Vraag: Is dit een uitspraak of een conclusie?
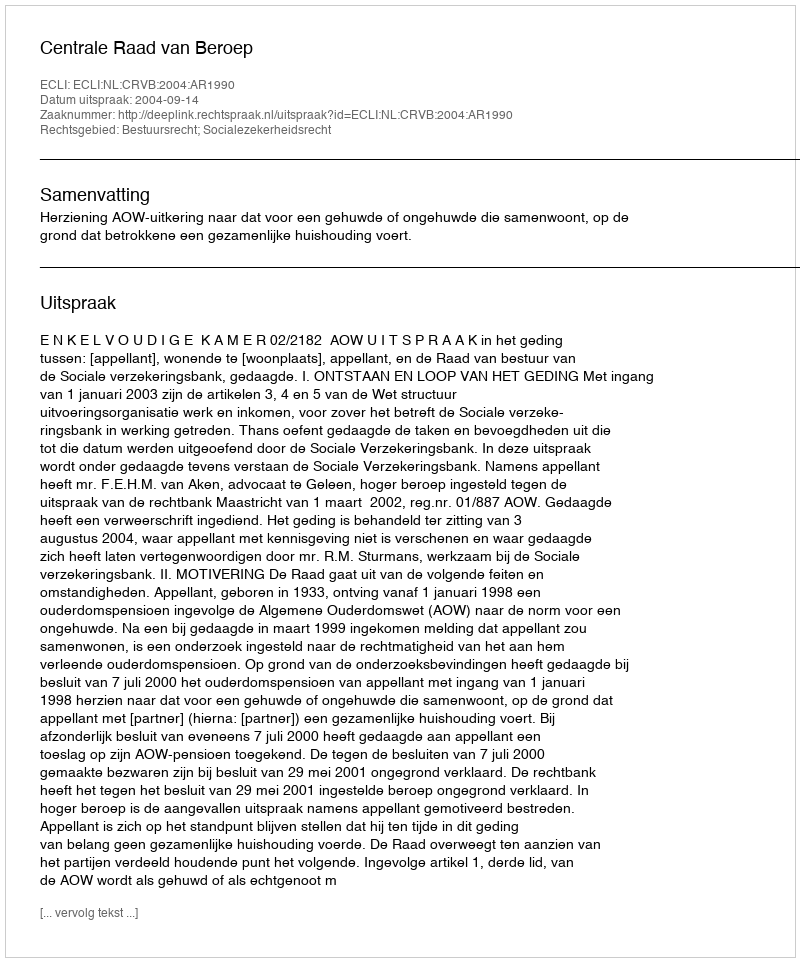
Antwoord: Uitspraak